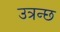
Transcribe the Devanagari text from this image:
उत्रन्छ